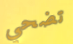
تضحي